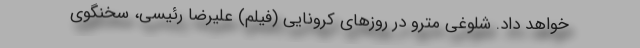
خواهد داد. شلوغی مترو در روزهای کرونایی (فیلم) علیرضا رئیسی، سخنگوی